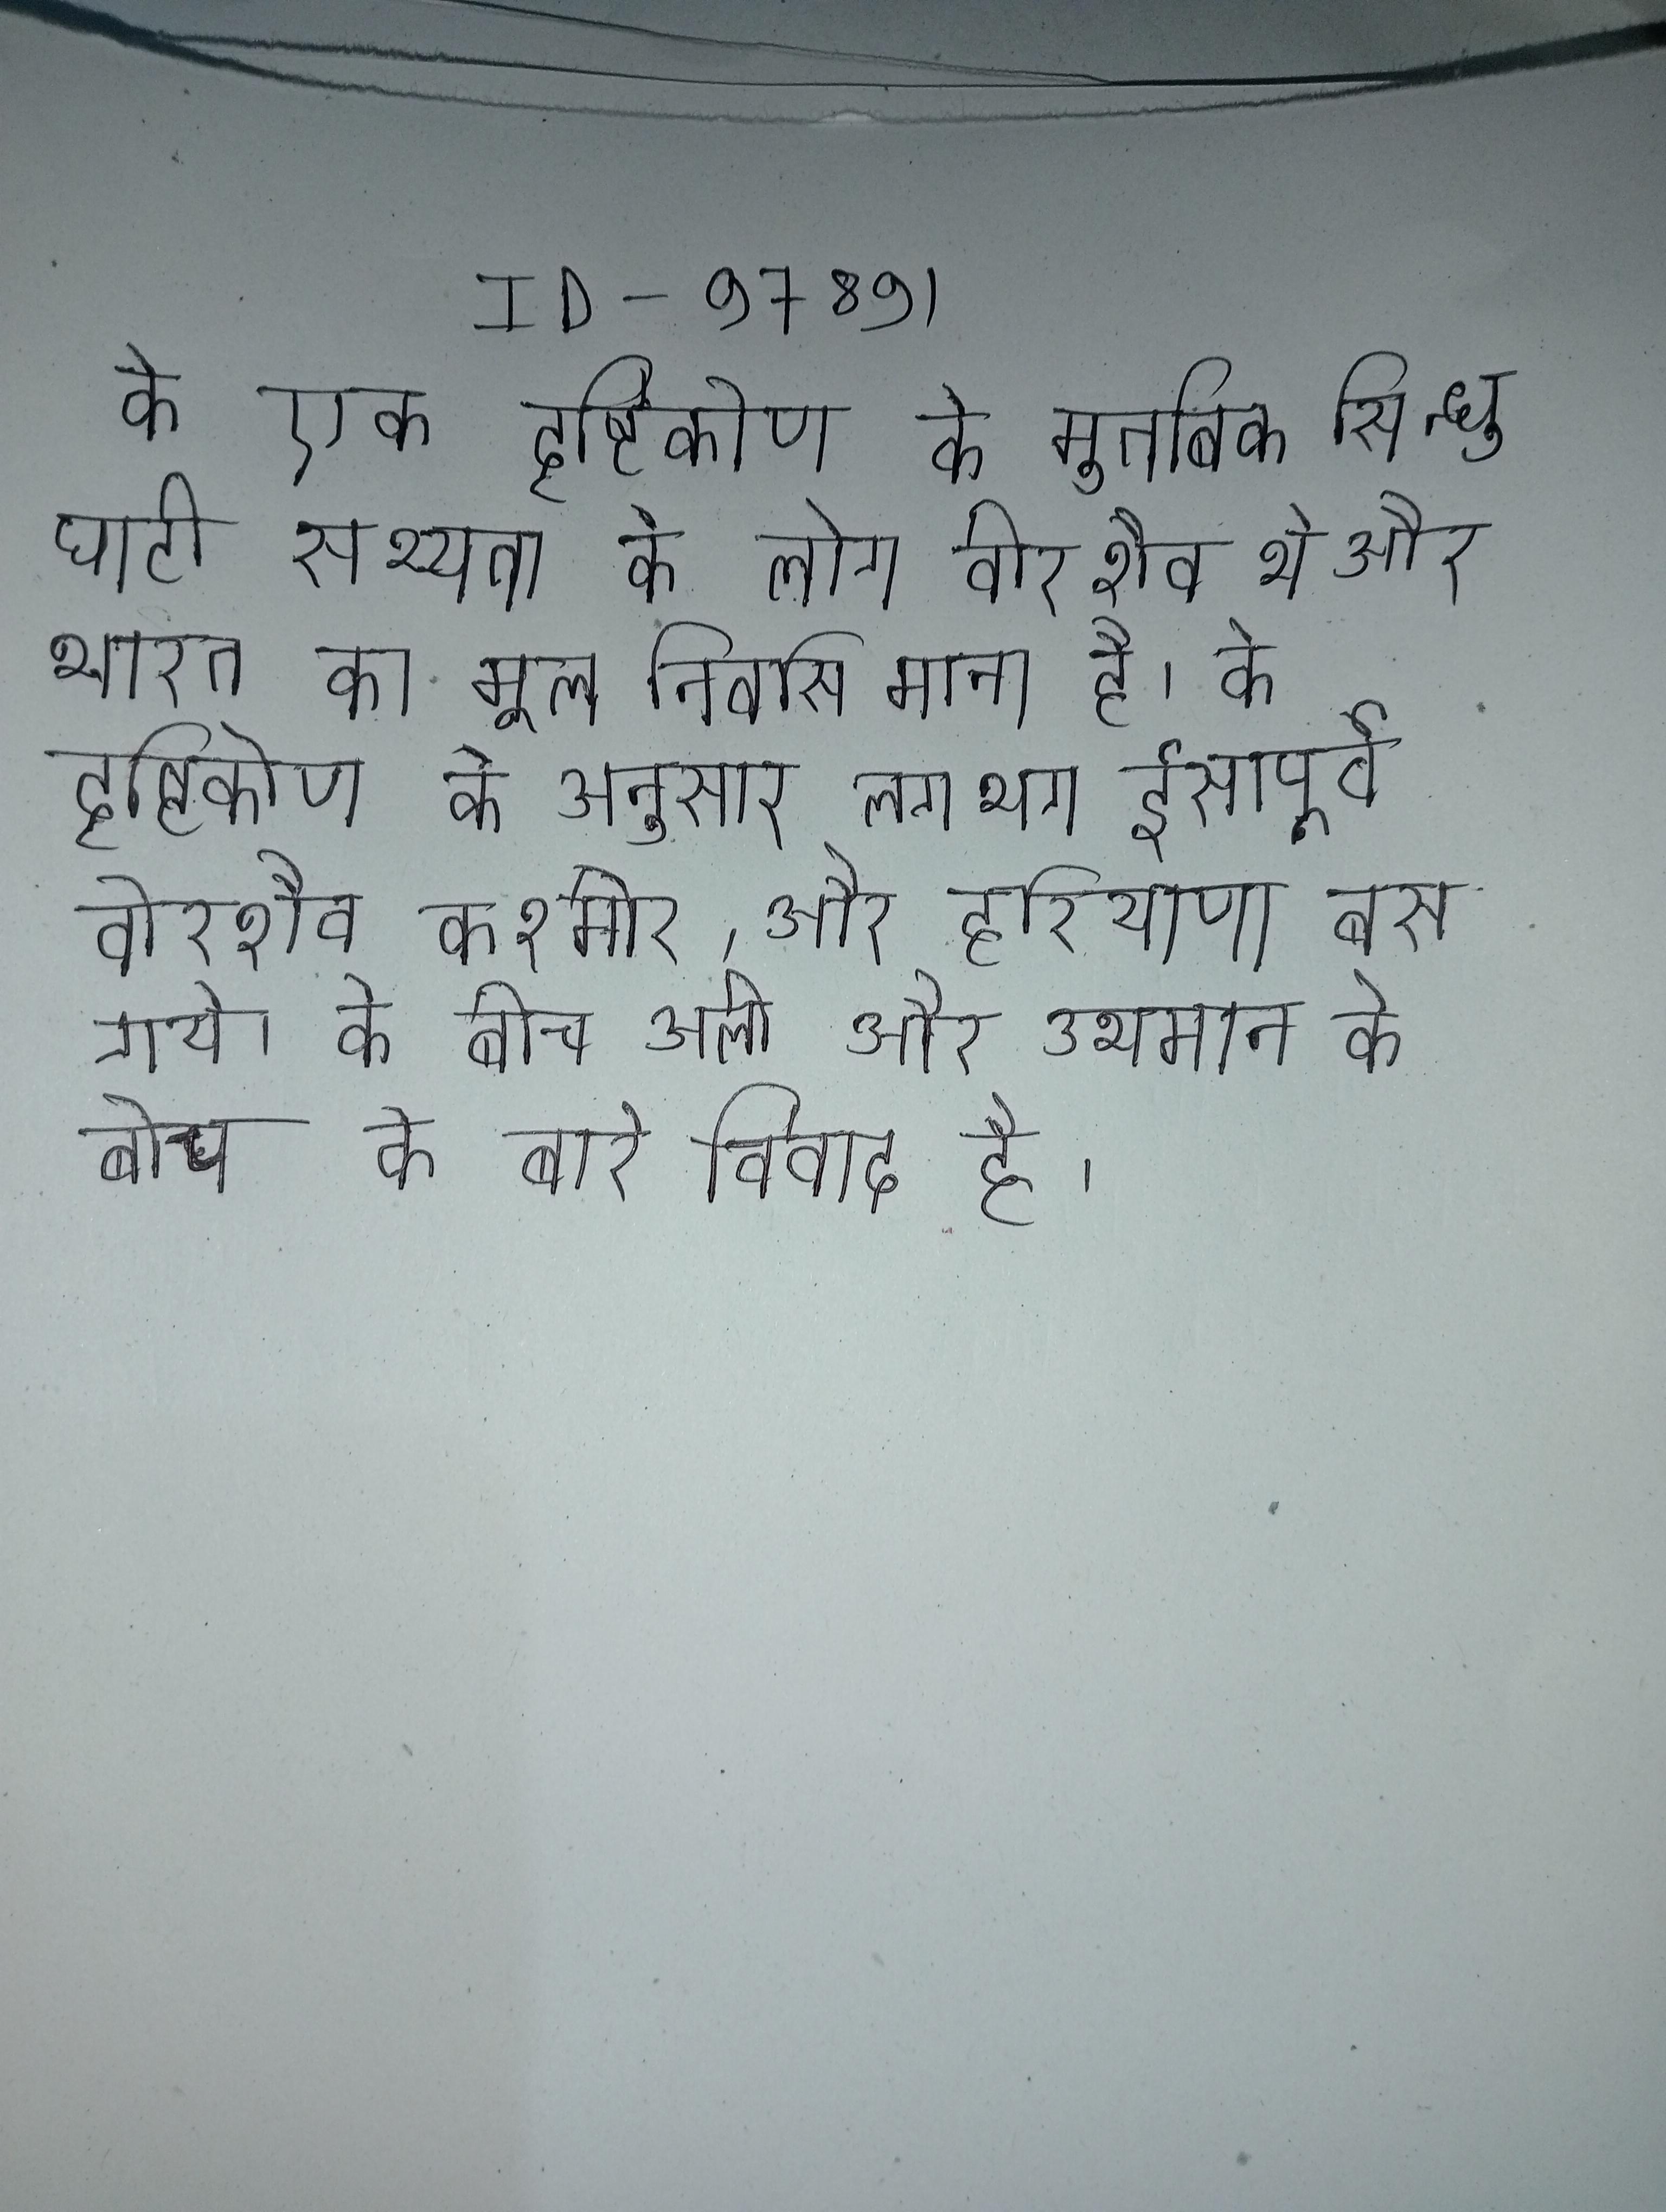
के एक दृष्टिकोण के मुतबिक सिन्धु घाटी सभ्यता के लोग वीरशैव थे और भारत का मूल निवसि माना है । के दृष्टिकोण के अनुसार लगभग ईसापूर्व वीरशैव कश्मीर, और हरियाणा बस गये । के बीच अली और उथमान के बीच के बारे विवाद है ।